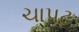
ચાપટ